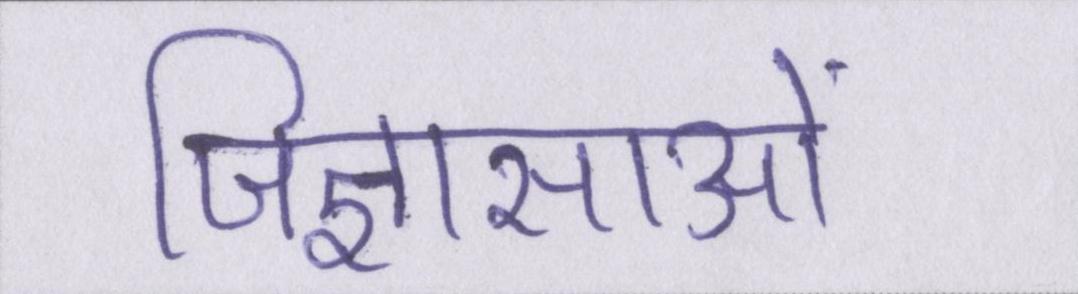
जिज्ञासाओं